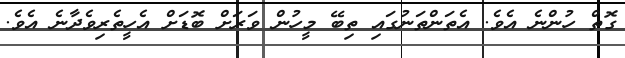
ގޮތް ހުންނެ އެވެ. އެތަންތަނުގައި ތިބޭ މީހުން ވަރަށް ބޮޑަށް އެހީތެރިވެދާނެ އެވެ.